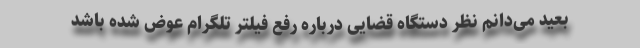
بعید می‌دانم نظر دستگاه قضایی درباره رفع فیلتر تلگرام عوض شده باشد